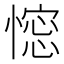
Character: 𢠋